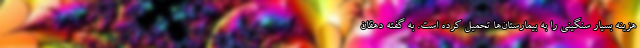
هزینه بسیار سنگینی را به بیمارستان‌ها تحمیل کرده است. به گفته دهقان